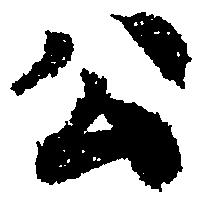
公